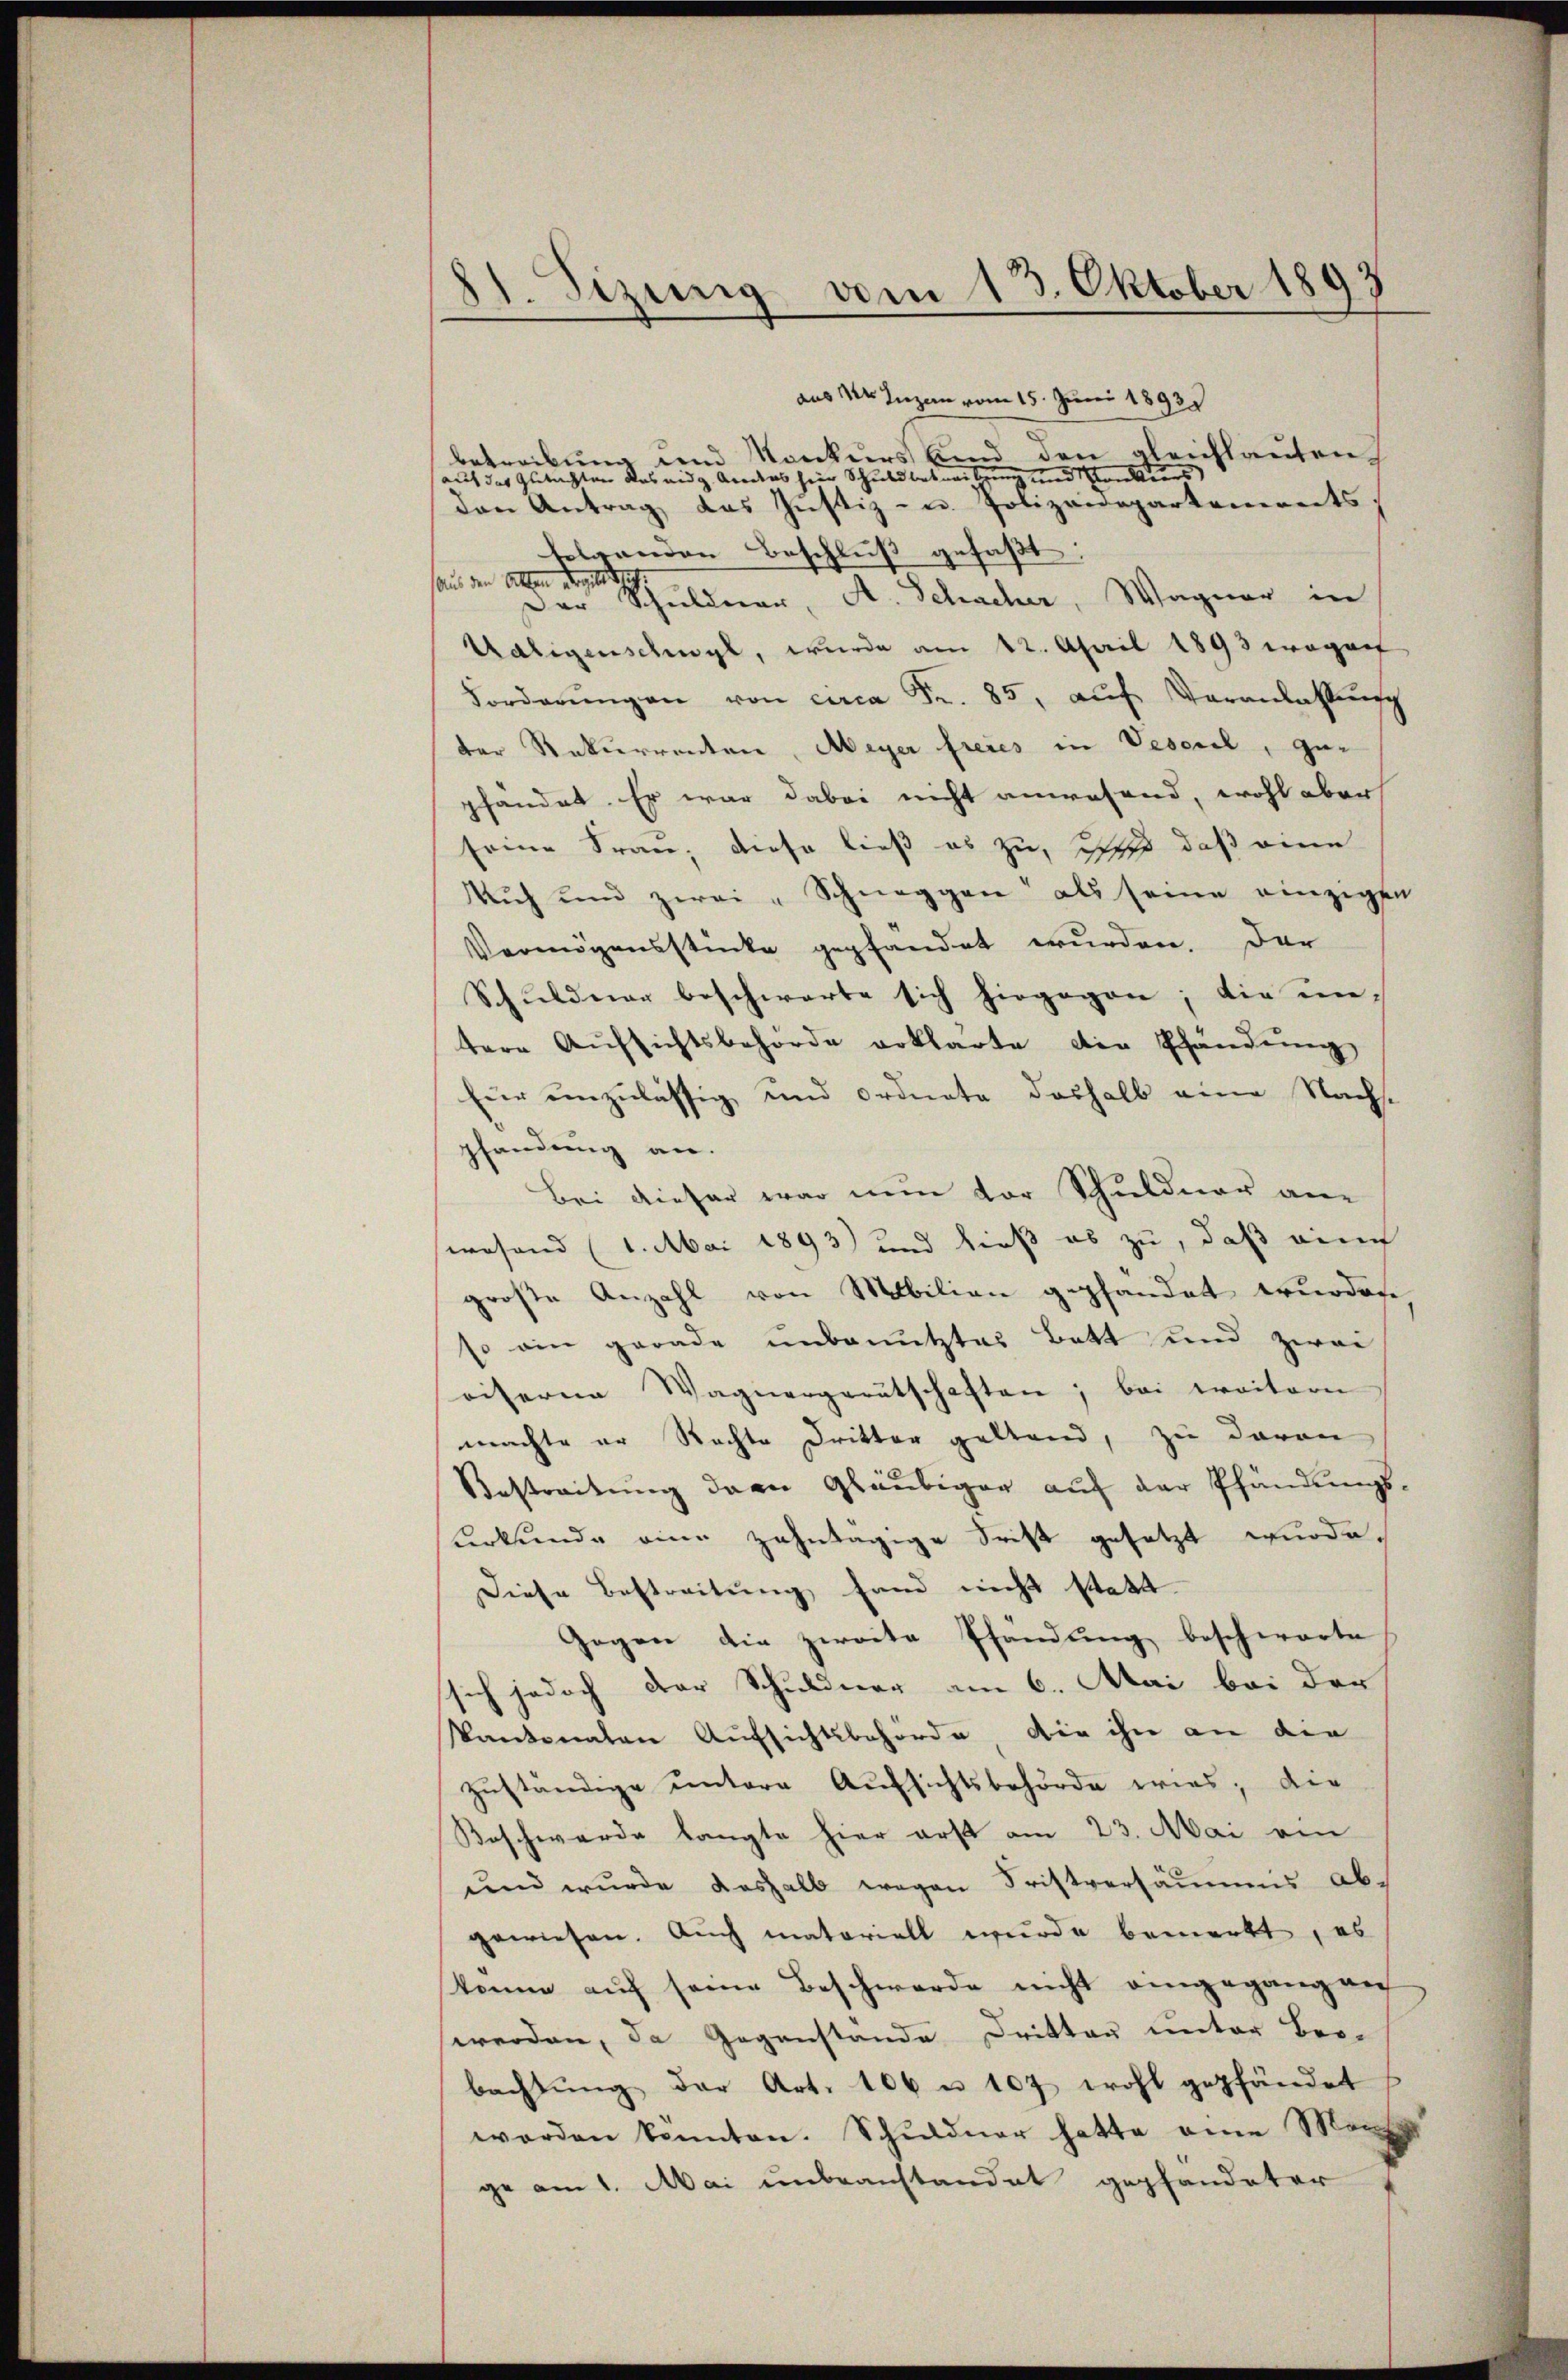
21. Sizung vom 13. Oktober 1893

aus der Ingen vom 15. Juni 1893.
betreibung und Konkurs und den gleichlauten
auf das Gutachten das eidg. Areatos hier Schuldbetreibung und Konkurs
den Antrag das Justiz- u. Polizeidepartements.
folgenden Beschluß gefaßt:
sans den sollen dergle
Der Schuldner, A. Schacher, Wagner in
Waligenschwyl, wurde am 12. April 1893 wegen
Forderŭngen von circa Fr. 85, aŭf Veranlassŭng
der Rekurrenten, Meyer freies in Vescril, gepfandet. Er war dabei nicht anwesend, wohl aber
seine Frau, diese ließ es zu, ich daß eine
Auch und zwei Schneggen als seine einzigen
Vermögensstücke gepfandet wurden. Der
Schuldner beschwerte sich hiegegen; die un-
tere Aufsichtsbehörde erklärte die Pfändung
für einzulässig und ordnete deshalb eine Nachst
2
pfandung an.
Bei dieser war nun vor Schuldner an
swesend (1. Mai 1893 und dieß es zu, daß eine
große Anzahl von Mobilien gepfandet wurden
so ein gerade unbenutztes Batt und zwei
oiserne Wagnergerutschaften; bei weitern
machte er Rechte Dritter geltend, zu davon
Bestreitung dern Gläubiger auf der Pfändungskerkunde eine zehntägige Frist gesetzt wurde.
Diese Bestreitung fand nicht statt
Gegen die zweite Pfandung beschwarte
sich jedoch der Schuldner am 6. Mai bei der
kantonaten Aufsichtsbehörde, die ihn an die
zuständige untere Aufsichtsbehörde wird; die
Beschwerde langte hier erst am 23. Mai ein
und wurde deshalb wegen Fristversäumes abgewiesen. Auch materiell wurde bemerkt, es
könne auf seine Beschwerde nicht eingegang auf
werden, da Gegenstande Dritten unter Brobachtŭng der Art. 106 u. 107 wohl gepfändet
worden konnten. Schuldner hatte eine Manch
ge am 1. Mai unbeanstandet gepfandater